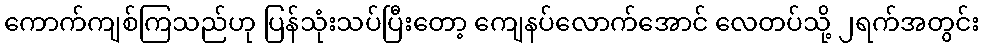
ကောက်ကျစ်ကြသည်ဟု ပြန်သုံးသပ်ပြီးတော့ ကျေနပ်လောက်အောင် လေတပ်သို့ ၂ရက်အတွင်း